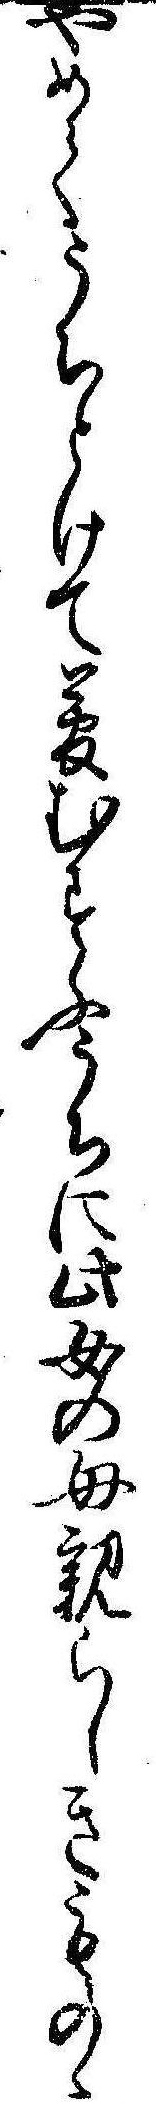
やめてうちとけて夢むすふうちに此女の母親らしきものゝ